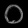
Digit: ၀